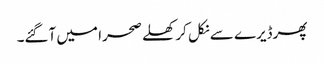
پھرڈیرے سے نکل کر کھلے صحرا میں آگئے۔